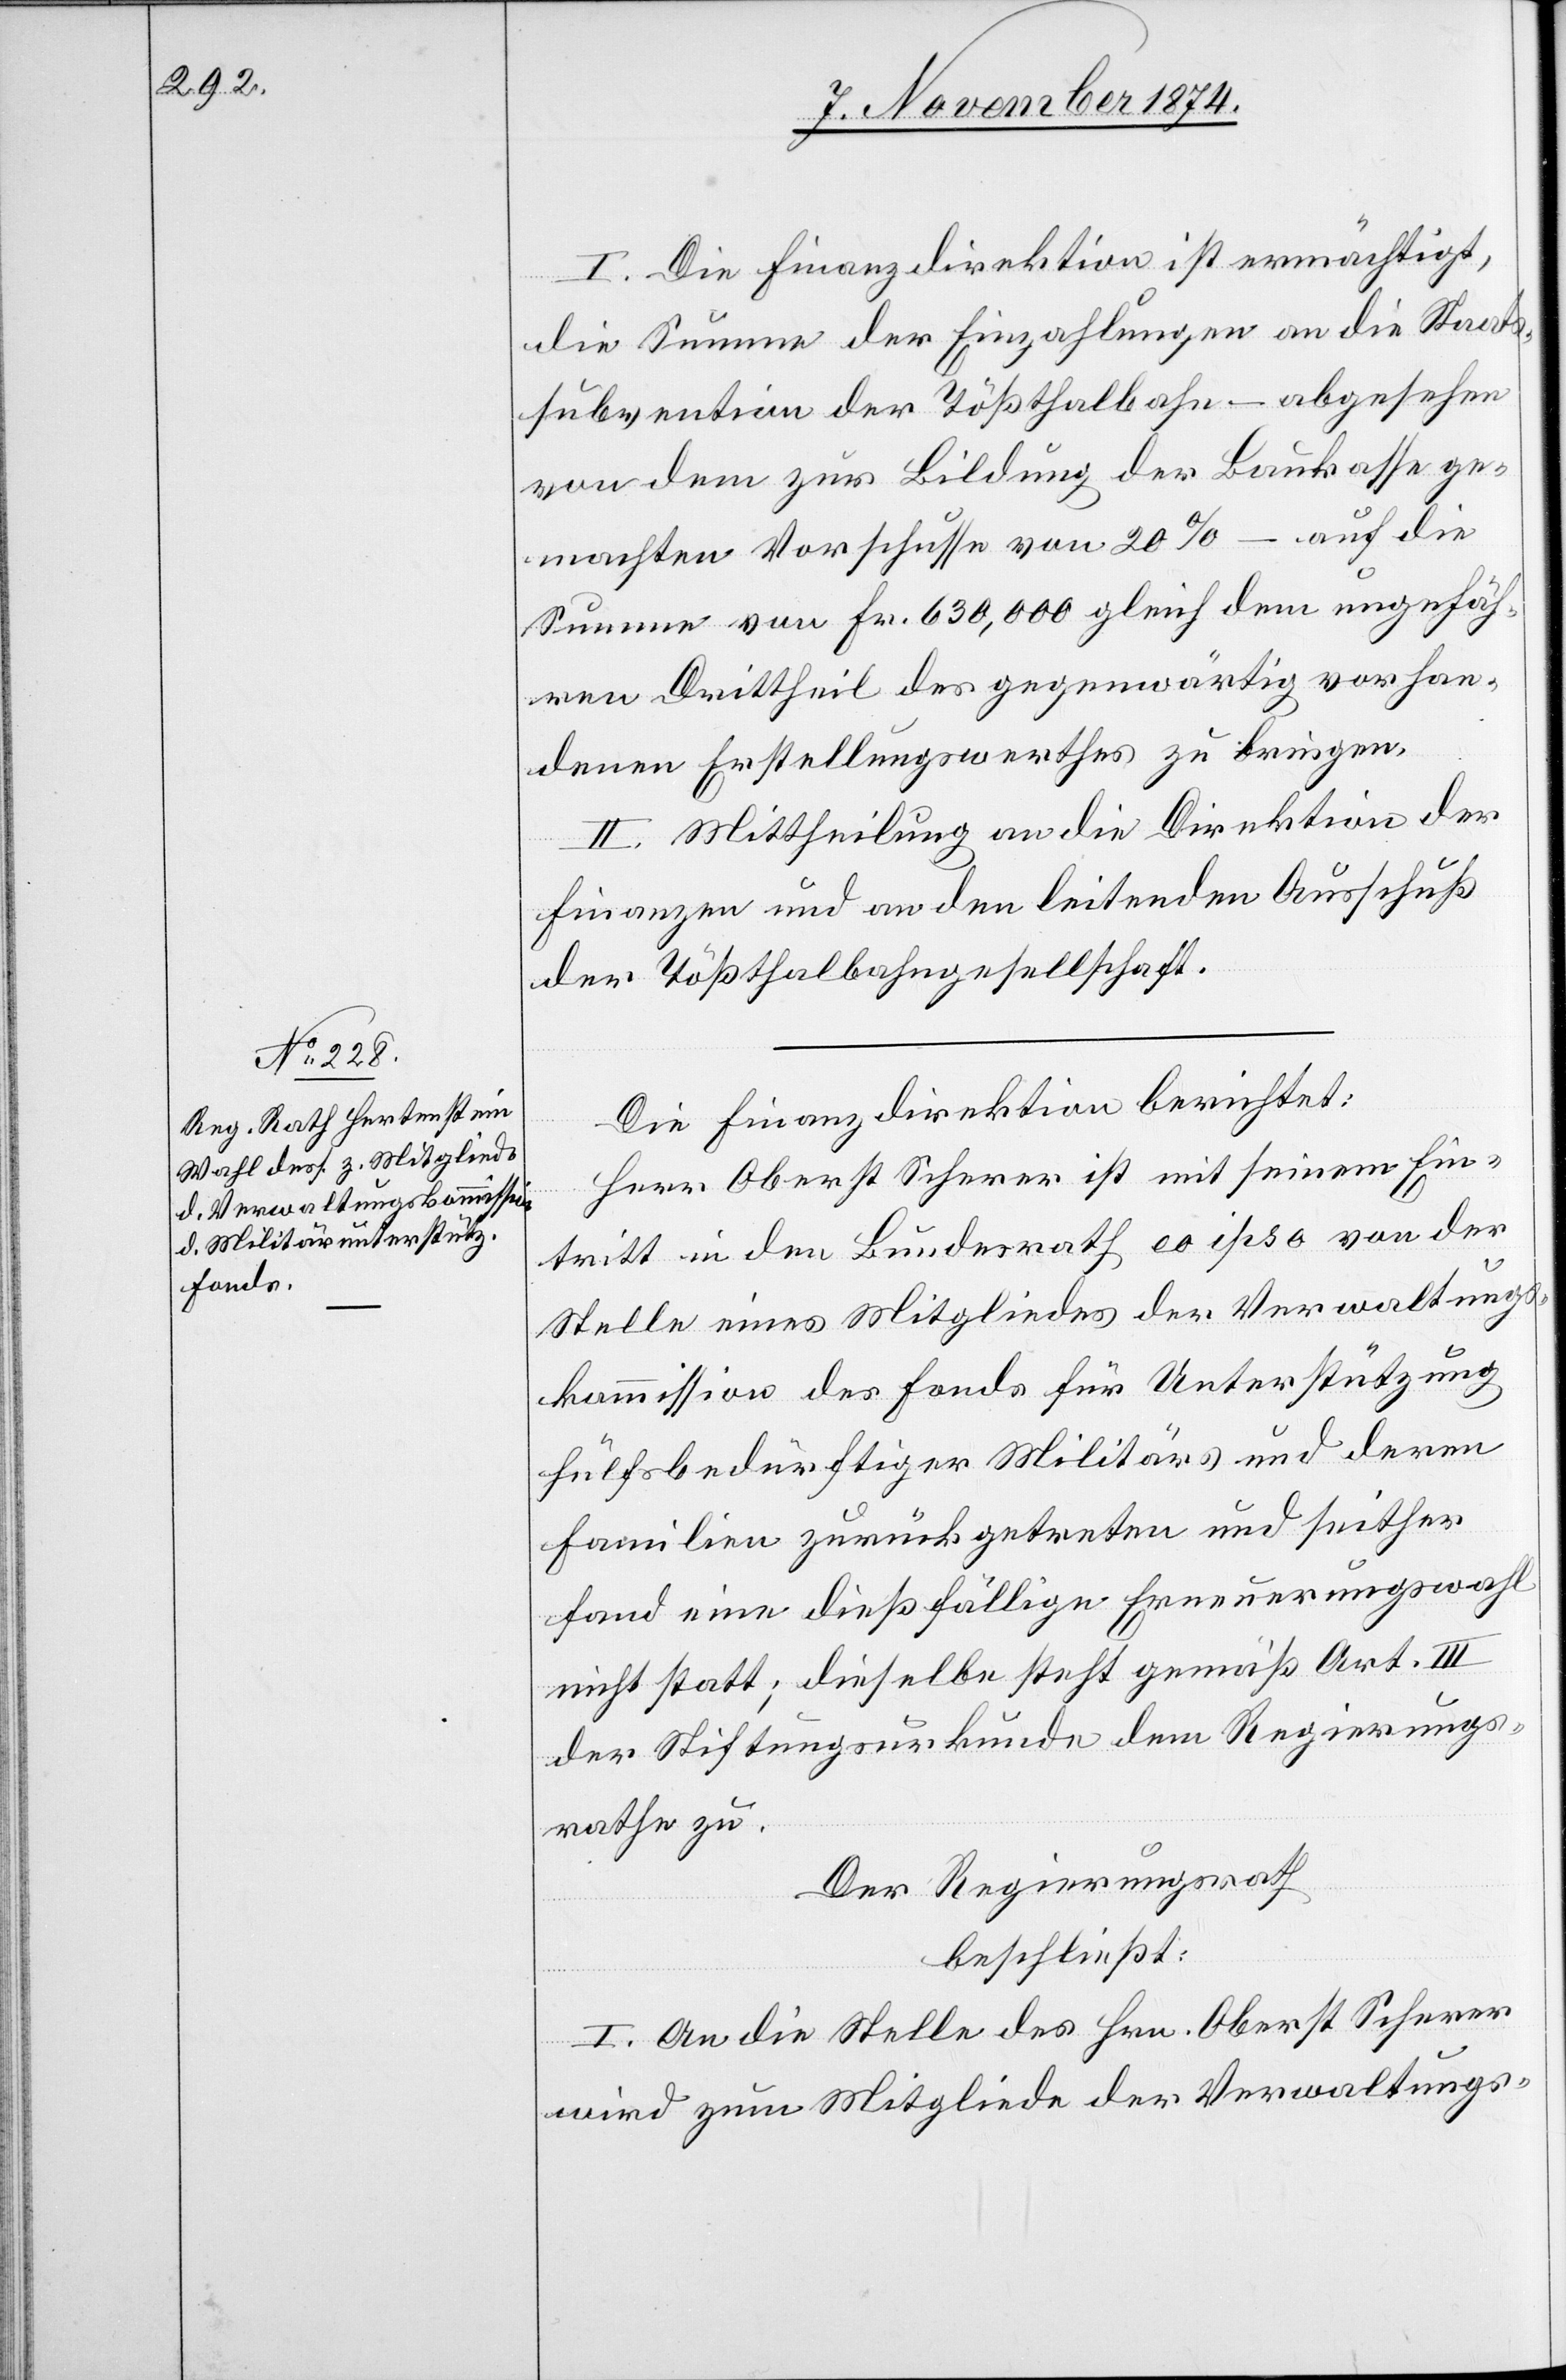
I. Die Finanzdirektion ist ermächtigt,
die Summe der Einzahlungen an die Staats¬
subvention der Tößthalbahn – abgesehen
von dem zur Bildung der Baukasse ge¬
machten Vorschusse von 20% – auf die
Summe von Fr. 630,000 gleich dem ungefäh¬
ren Drittheil des gegenwärtig vorhan¬
denen Erstellungswerthes zu bringen.
II. Mittheilung an die Direktion der
Finanzen und an den leitenden Ausschuß
der Tößthalbahngesellschaft.
Die Finanzdirektion berichtet:
Herr Oberst Scherer ist mit seinem Ein¬
tritt in den Bundesrath eo ipso von der
Stelle eines Mitgliedes der Verwaltungs¬
kommission des Fonds für Unterstützung
hülfsbedürftiger Militärs und deren
Familien zurückgetreten und seither
fand eine dießfällige Erneuerungswahl
nicht statt; dieselbe steht gemäß Art. III
der Stiftungsurkunde dem Regierungs¬
rathe zu.
Der Regierungsrath
beschließt:
I. An die Stelle des Hrn. Oberst Scherer
wird zum Mitgliede der Verwaltungs-